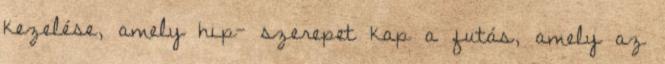
kezelése, amely hip- szerepet kap a futás, amely az